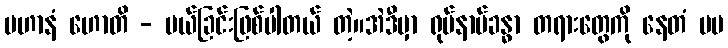
ပဟာနံ ဟောတိ - ပယ်ခြင်းဖြစ်ပါတယ် တဲ့။အဲဒီမှာ ရုပ်နာမ်ခန္ဓာ တရားတွေကို နေတံ မမ